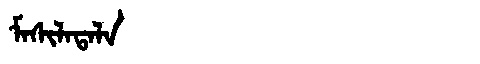
Manchu: ᠮᠠᠰᡳᠯᠠᡨᠠᠯᠠ
Romanization: MASILATALA